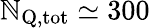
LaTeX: \mathbb{N}_{\mathrm{{Q,tot}}}\simeq300